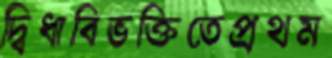
দ্বিধাবিভক্তিতেপ্রথম